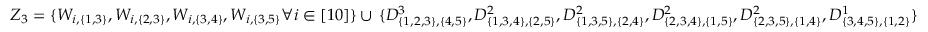
{ Z _ { 3 } = \{ W _ { i , \{ 1 , 3 \} } , W _ { i , \{ 2 , 3 \} } , W _ { i , \{ 3 , 4 \} } , W _ { i , \{ 3 , 5 \} } \forall i \in [ 1 0 ] \} } \cup \, { \{ D _ { \{ 1 , 2 , 3 \} , \{ 4 , 5 \} } ^ { 3 } , D _ { \{ 1 , 3 , 4 \} , \{ 2 , 5 \} } ^ { 2 } , D _ { \{ 1 , 3 , 5 \} , \{ 2 , 4 \} } ^ { 2 } , D _ { \{ 2 , 3 , 4 \} , \{ 1 , 5 \} } ^ { 2 } , D _ { \{ 2 , 3 , 5 \} , \{ 1 , 4 \} } ^ { 2 } , D _ { \{ 3 , 4 , 5 \} , \{ 1 , 2 \} } ^ { 1 } \} }